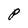
Character: P